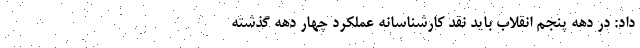
داد: در دهه پنجم انقلاب باید نقد کارشناسانه عملکرد چهار دهه گذشته